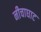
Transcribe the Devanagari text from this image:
नीचाघाट